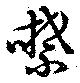
噤